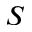
S